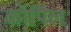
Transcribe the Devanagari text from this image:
कॉपिल